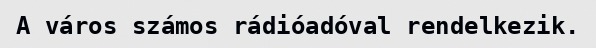
A város számos rádióadóval rendelkezik.